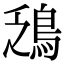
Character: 鴔